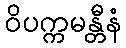
ဝိပက္ကမန္တီနံ